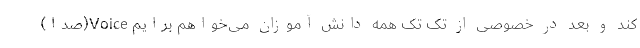
کند و بعد در خصوصی از تک تک همه دانش آموزان می‌خواهم برایم Voice(صدا)